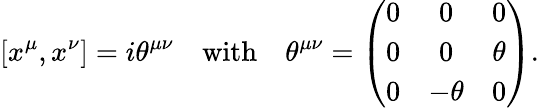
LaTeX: [x^{\mu},x^{\nu}]=i\theta^{\mu\nu}\quad\mathrm{with}\quad\theta^{\mu\nu}=\left(\begin{array}{ccc}{{0}}&{{0}}&{{0}}\\ {{0}}&{{0}}&{{\theta}}\\ {{0}}&{{-\theta}}&{{0}}\end{array}\right).